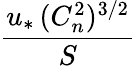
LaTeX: \frac{u_{*}\, (C_{n}^{2})^{3/2}}{S}